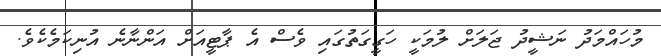
މުހައްމަދު ނަޝީދު ޖަލަށް ލުމަކީ ހަގީގަތުގައި ވެސް އެ ޕާޓީއަށް އަންނާނެ އުނިކަމެކެވެ.